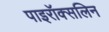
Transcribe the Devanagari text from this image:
पाइरॉक्सलिन